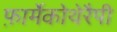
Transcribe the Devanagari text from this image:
फ़ार्मेकोथेरैपी